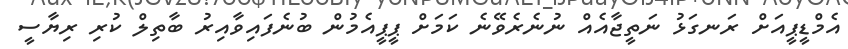
އެމްޑީޕީއަށް ރަނގަޅު ނަތީޖާއެއް ނުނެރެވޭނެ ކަމަށް ޕީޕީއެމުން ބުނެފައިވާއިރު ބާތިލް ކުރި ރިޔާސީ